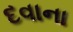
દવાના